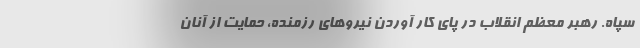
سپاه. رهبر معظم انقلاب در پای کار آوردن نیروهای رزمنده، حمایت از آنان